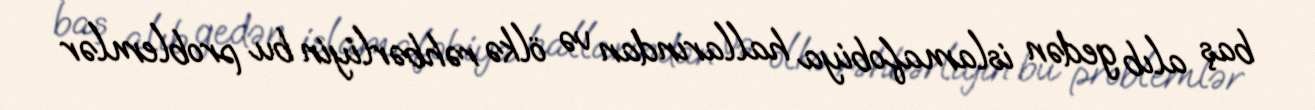
baş alıb gedən islamafobiya hallarından və ölkə rəhbərliyin bu problemlər